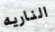
الناريه